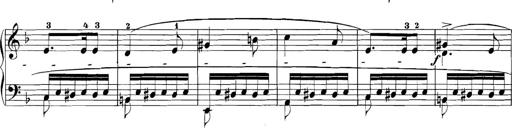
Title: 3 Sonatinas
Composer: Carl Reinecke